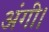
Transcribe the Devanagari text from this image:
अंगी।